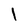
Character: 1